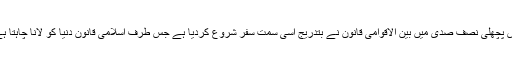
پس پچھلی نصف صدی میں بین الاقوامی قانون نے بتدریج اسی سمت سفر شروع کردیا ہے جس طرف اسلامی قانون دنیا کو لانا چاہتا ہے۔